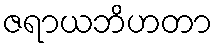
ဇရာယဘိဟတာ